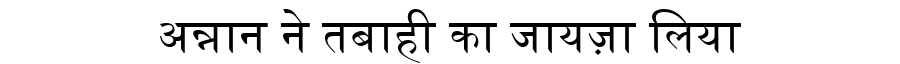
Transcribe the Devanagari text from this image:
अन्नान ने तबाही का जायज़ा लिया